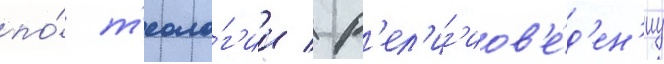
по́ т'еоло́г'ии / р'ел'иг'иов'е́д'ен'иу